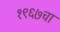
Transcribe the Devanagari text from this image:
१९६७चा